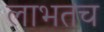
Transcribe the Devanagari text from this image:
लाभतच